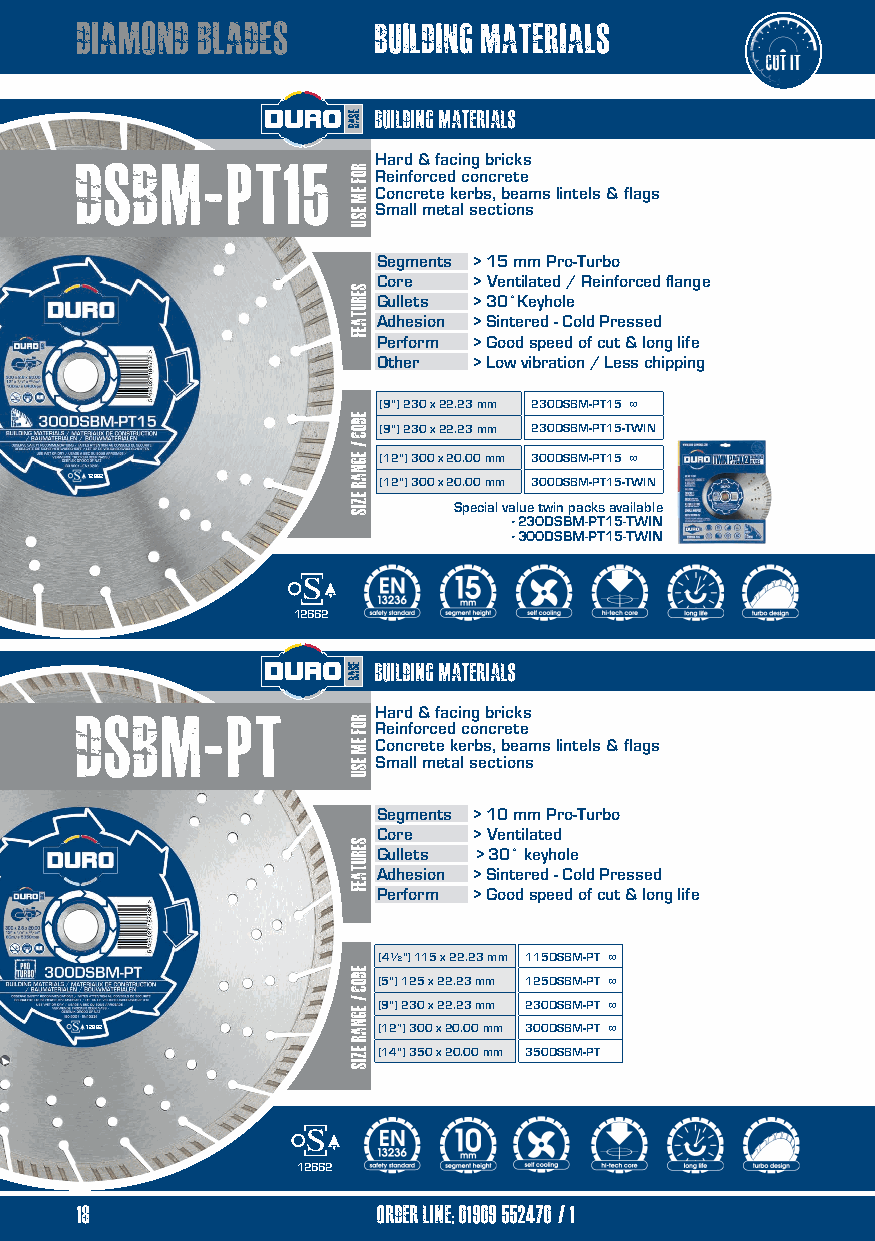
diamond blades      building materials
 building materials
 Dsbm-pt15           Hard & facing bricks
 Reinforced concrete
 Concrete kerbs, beams lintels & flags
 Small metal sections
 Segments > 15 mm Pro-Turbo
 Core  > Ventilated / Reinforced flange
 Gullets > 30˚Keyhole
 Adhesion > Sintered - Cold Pressed
 Perform > Good speed of cut & long life
 Other > Low vibration / Less chipping
 (9") 230 x 22.23 mm 230DSBM-PT15 ∞
 (9") 230 x 22.23 mm 230DSBM-PT15-TWIN
 (12") 300 x 20.00 mm 300DSBM-PT15 ∞
 12662              (12") 300 x 20.00 mm 300DSBM-PT15-TWIN
 Special value twin packs available
 •230DSBM-PT15-TWIN
 •300DSBM-PT15-TWIN
 12662
 building materials
 dsbm-pt             Hard & facing bricks
 Reinforced concrete
 Concrete kerbs, beams lintels & flags
 Small metal sections
 Segments > 10 mm Pro-Turbo
 Core  > Ventilated
 Gullets > 30˚ keyhole
 Adhesion > Sintered - Cold Pressed
 Perform > Good speed of cut & long life
 (4½") 115 x 22.23 mm 115DSBM-PT ∞
 (5") 125 x 22.23 mm 125DSBM-PT ∞
 (9") 230 x 22.23 mm 230DSBM-PT ∞
 12662              (12”) 300 x 20.00 mm 300DSBM-PT ∞
 (14") 350 x 20.00 mm 350DSBM-PT
 12662
 18                  order line; 01909 552470/1
 12                  order line: 01909 552470
 RROOFF
 EEMM
 EESSUU
 serutaef
 edoc
 /
 egnar
 ezis
 ROF
 EM
 ESU
 serutaef
 eDOC
 / egnar
 ezis